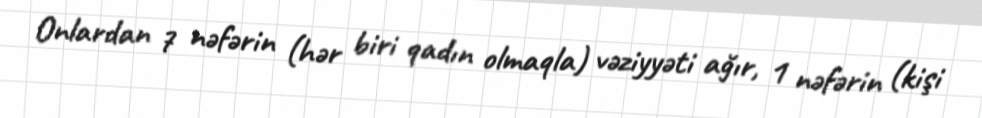
Onlardan 7 nəfərin (hər biri qadın olmaqla) vəziyyəti ağır, 1 nəfərin (kişi